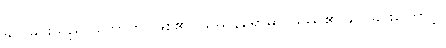
ချုပ်ခြင်းသည်။ ဟောတိ၊ ဖြစ်၏။ ဖဿနိရောဓာ၊ ဖဿ၏ ချုပ်ခြင်းကြောင့်။